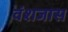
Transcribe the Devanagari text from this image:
वंशजास